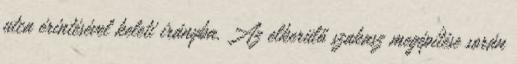
utca érintésével keleti irányba. Az elkerülő szakasz megépítése során